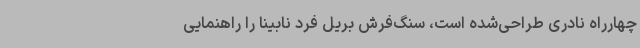
چهارراه نادری طراحی‌شده است، سنگ‌فرش بریل فرد نابینا را راهنمایی